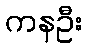
ကနဦး